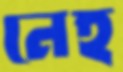
নেহ